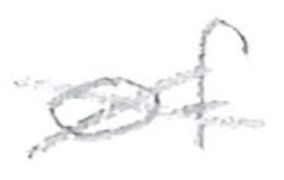
Text: of
Cross-out: cross
Writing tool: pencil